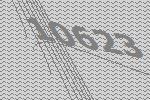
10623